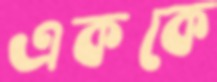
এককে